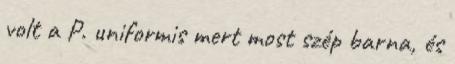
volt a P. uniformis mert most szép barna, és